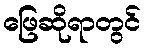
ဖြေဆိုရာတွင်